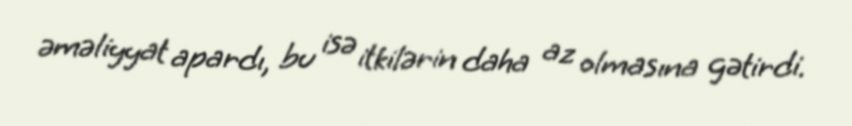
əməliyyat apardı, bu isə itkilərin daha az olmasına gətirdi.